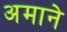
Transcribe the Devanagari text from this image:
अमाने